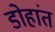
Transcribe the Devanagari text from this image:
डोहांत